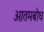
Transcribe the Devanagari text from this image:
आतमबोध